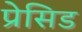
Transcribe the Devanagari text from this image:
प्रेसिड